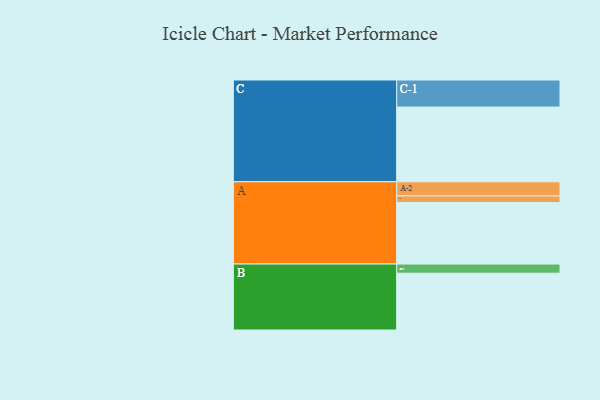
{"axis": {"x": "Segment", "y": "Value"}, "legend": ["", "A", "B", "C"], "data": [{"x": "A", "y": 478, "type": ""}, {"x": "B", "y": 441, "type": ""}, {"x": "C", "y": 580, "type": ""}, {"x": "A-1", "y": 51, "type": "A"}, {"x": "A-2", "y": 110, "type": "A"}, {"x": "B-1", "y": 71, "type": "B"}, {"x": "C-1", "y": 210, "type": "C"}]}